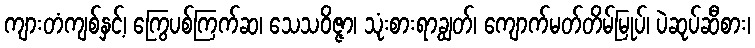
ကျားတံကျစ်နှင့်၊ ကြွေပစ်ကြက်ဆ၊ သေသဝိဇ္ဇာ၊ သုံးစားရာချွတ်၊ ကျောက်မတ်တိမ်မြုပ်၊ ပဲဆုပ်ဆီစား၊